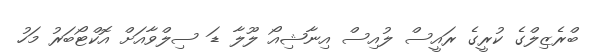
ބްރެޒިލްގެ ކުރީގެ ރައީސް ލުއިސް އިނާޝިއޯ ލޫލާ ޑަ ސިލްވާއަށް އޮކްޓޯބަރު މަހު